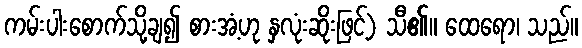
ကမ်းပါးစောက်သို့ချ၍ စားအံ့ဟု နှလုံးဆိုးဖြင့်) သီ၏။ ထေရော၊ သည်။